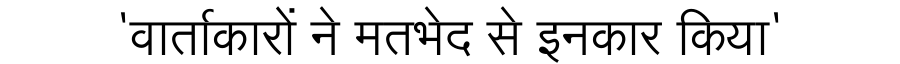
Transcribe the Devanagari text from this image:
'वार्ताकारों ने मतभेद से इनकार किया'